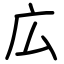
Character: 広